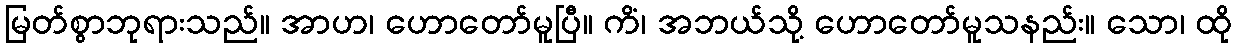
မြတ်စွာဘုရားသည်။ အာဟ၊ ဟောတော်မူပြီ။ ကိံ၊ အဘယ်သို့ ဟောတော်မူသနည်း။ သော၊ ထို